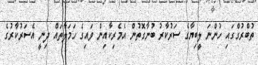
ތުބްރުގްގައި ހުންނަ ލީބިޔާގެ ސަރުކާރު ބުނާގޮތުން އެމެރިކާއިން ވައިގެ ހަމަލާތައް ދިނީ އެސަރުކާރުގެ